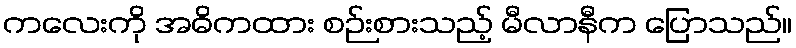
ကလေးကို အဓိကထား စဉ်းစားသည့် မီလာနီက ပြောသည်။